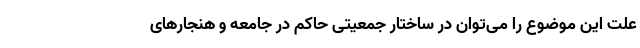
علت این موضوع را می‌توان در ساختار جمعیتی حاکم در جامعه و هنجارهای